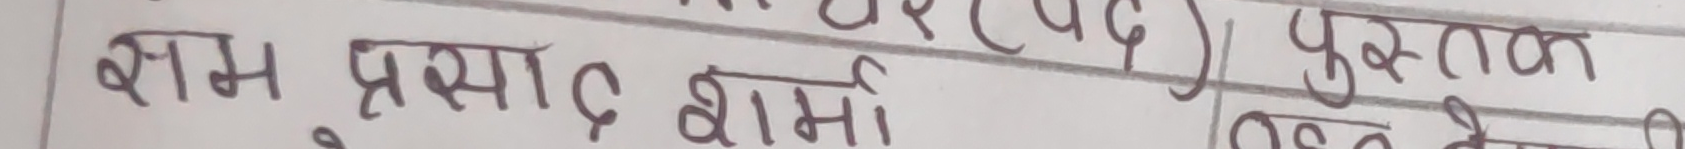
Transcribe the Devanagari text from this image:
क्षम प्रख्यात शर्मा
पुस्तक
श्रेष्ठ